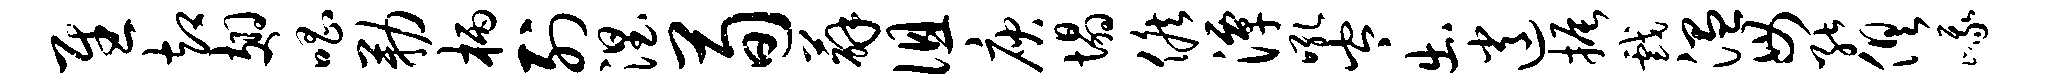
慰却翅唱勒柄列涅荀薜徂庾塌候潭吼岑出逍振戏温毋能俱峨